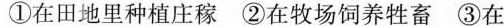
①在田地里种植庄稼 ②在牧场饲养牲畜 ③